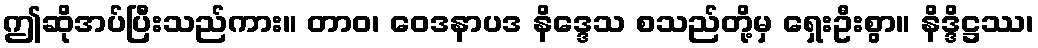
ဤဆိုအပ်ပြီးသည်ကား။ တာဝ၊ ဝေဒနာပဒ နိဒ္ဒေသ စသည်တို့မှ ရှေးဦးစွာ။ နိဒ္ဒိဋ္ဌဿ၊